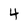
Character: 4